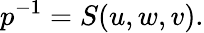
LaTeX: p^{-1}=S(u,w,v).